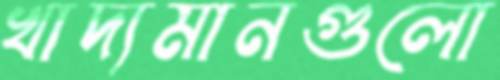
খাদ্যমানগুলো